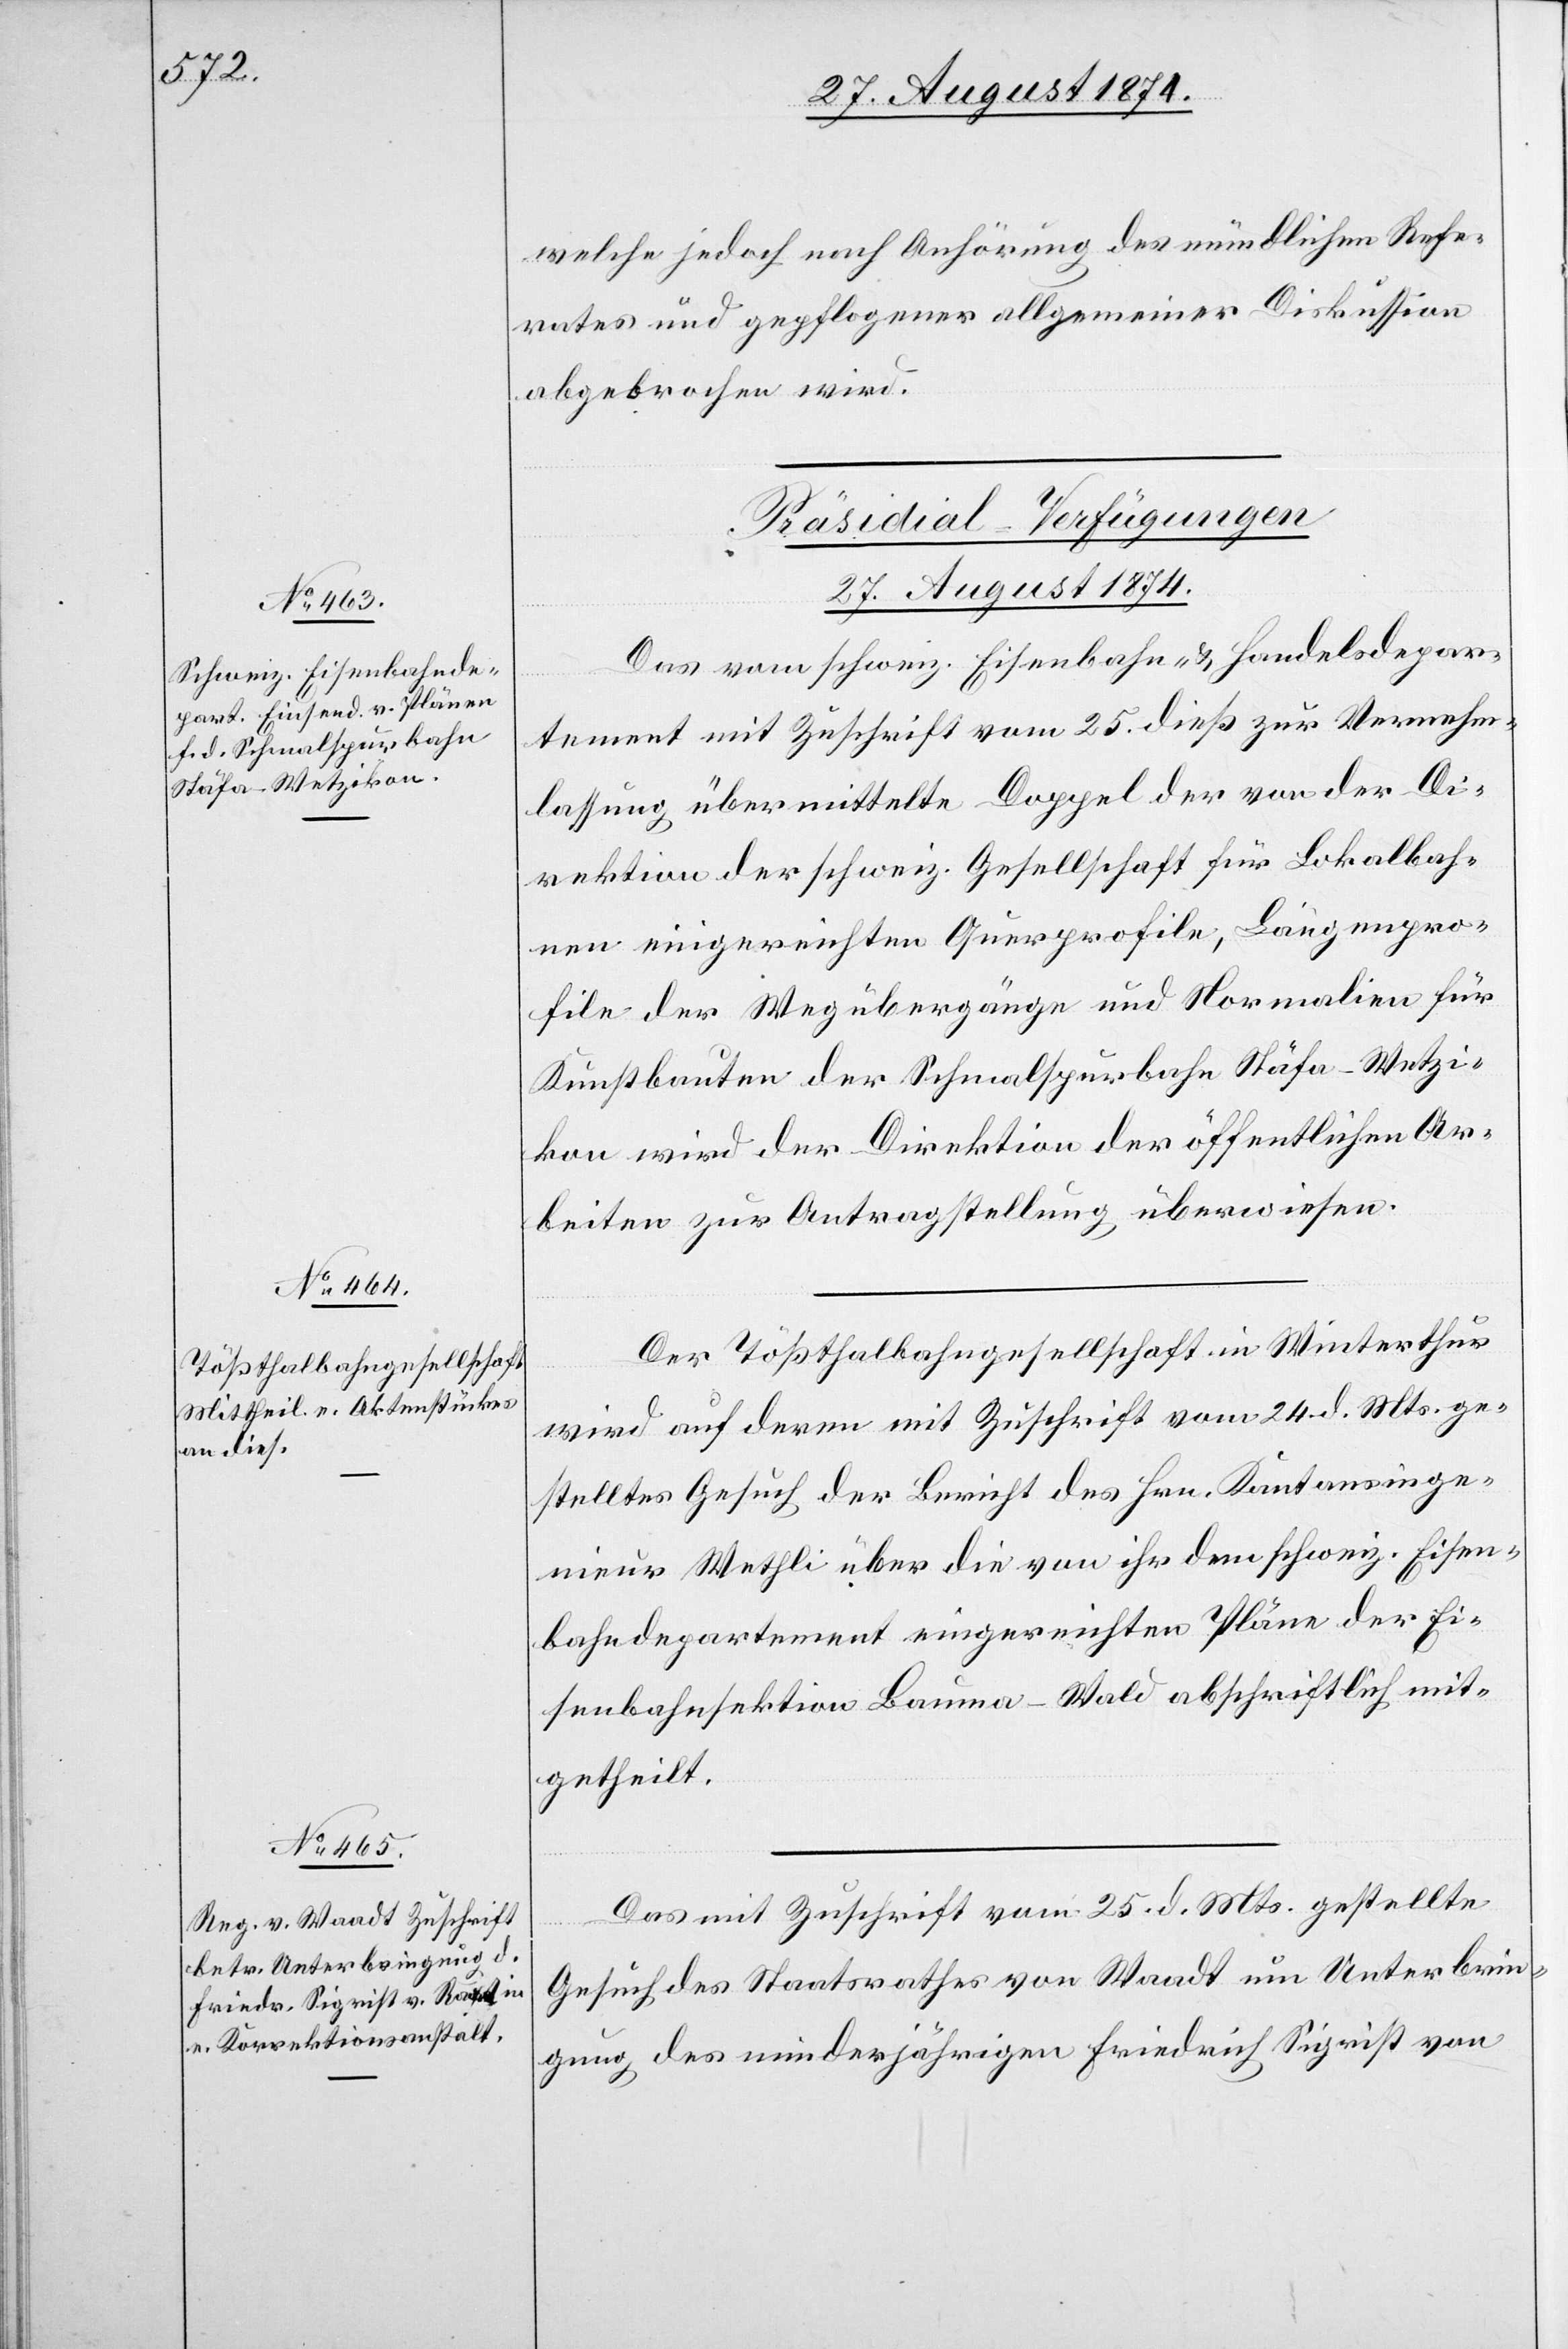
welche jedoch nach Anhörung des mündlichen Refe¬
rates und gepflogener allgemeiner Diskussion
abgebrochen wird.
[Präsidial-Verfügungen
27. August 1874.]
Das vom schweiz. Eisenbahn- u. Handelsdepar¬
tement mit Zuschrift vom 25. dieß zur Vernehm¬
lassung übermittelte Doppel der von der Di¬
rektion der schweiz. Gesellschaft für Lokalbah¬
nen eingereichten Querprofile, Längenpro¬
file der Wegübergänge und Normalien für
Kunstbauten der Schmalspurbahn Stäfa–Wetzi¬
kon wird der Direktion der öffentlichen Ar¬
beiten zur Antragstellung überwiesen.
Der Tößthalbahngesellschaft in Winterthur
wird auf deren mit Zuschrift vom 24. d. Mts. ge¬
stelltes Gesuch der Bericht des Hrn. Kantonsinge¬
nieur Wethli über die von ihr den schweiz. Eisen¬
bahndepartement eingereichten Pläne der Ei¬
senbahnsektion Bauma–Wald abschriftlich mit¬
getheilt.
Das mit Zuschrift vom 25. d. Mts. gestellte
Gesuch des Staatsrathes von Waadt um Unterbrin¬
gung des minderjährigen Friedrich Sigrist von